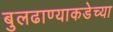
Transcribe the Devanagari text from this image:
बुलढाण्याकडेच्या